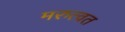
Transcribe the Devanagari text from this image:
मरुत्वत